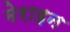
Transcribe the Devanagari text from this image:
मेराइन